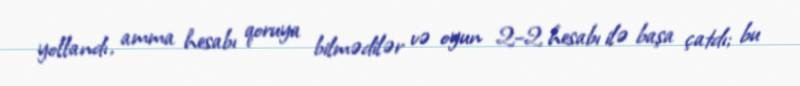
yollandı, amma hesabı qoruya bilmədilər və oyun 2–2 hesabı ilə başa çatdı; bu